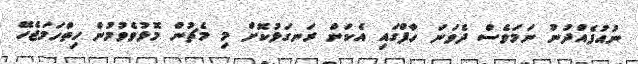
ނުއުފެއްދުނު ނަމަވެސް ދެވަނަ ހާފްގައި އެކަން ރަނގަޅުކޮށް މި މެޗުން މޮޅުވެވުމުން ހިތްހަމަޖެހޭ